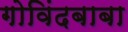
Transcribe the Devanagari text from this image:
गोविंदबाबा